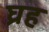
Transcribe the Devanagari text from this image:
घ्रह